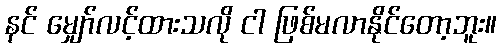
နင် မျှော်လင့်ထားသလို ငါ ဖြစ်မလာနိုင်တော့ဘူး။